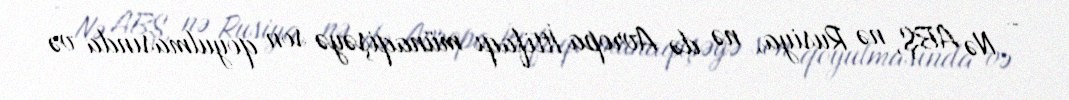
- Nə ABŞ, nə Rusiya, nə də Avropa İttifaqı münaqişəyə son qoyulmasında və